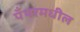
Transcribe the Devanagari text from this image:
पँथरमधील